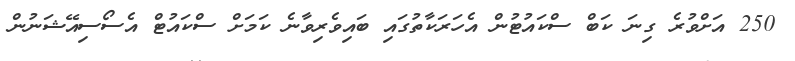
250 އަށްވުރެ ގިނަ ކަބް ސްކައުޓުން އެހަރަކާތުގައި ބައިވެރިވާނެ ކަމަށް ސްކައުޓް އެސޯސިއޭޝަނުން